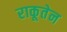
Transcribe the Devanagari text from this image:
राकूतेन